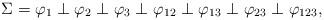
LaTeX: \begin{align*}\Sigma = \varphi_1 \perp \varphi_2 \perp \varphi_3 \perp \varphi_{12} \perp \varphi_{13} \perp \varphi_{23} \perp \varphi_{123},\end{align*}